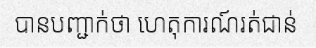
បានបញ្ជាក់ថា ហេតុការណ៍រត់ជាន់